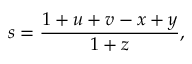
s = \frac { 1 + u + v - x + y } { 1 + z } ,